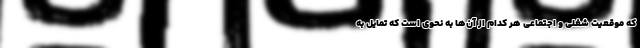
که موقعیت شغلی و اجتماعی هر کدام از آن‌ها به نحوی است که تمایل به